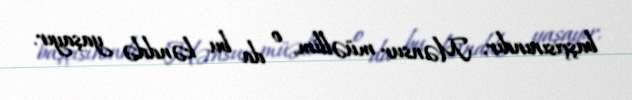
başçısınındır, Mənsur müəllim, o da bu kənddə yaşayır.